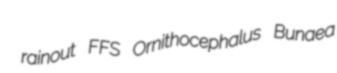
rainout FFS Ornithocephalus Bunaea